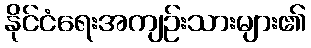
နိုင်ငံရေးအကျဉ်းသားများ၏